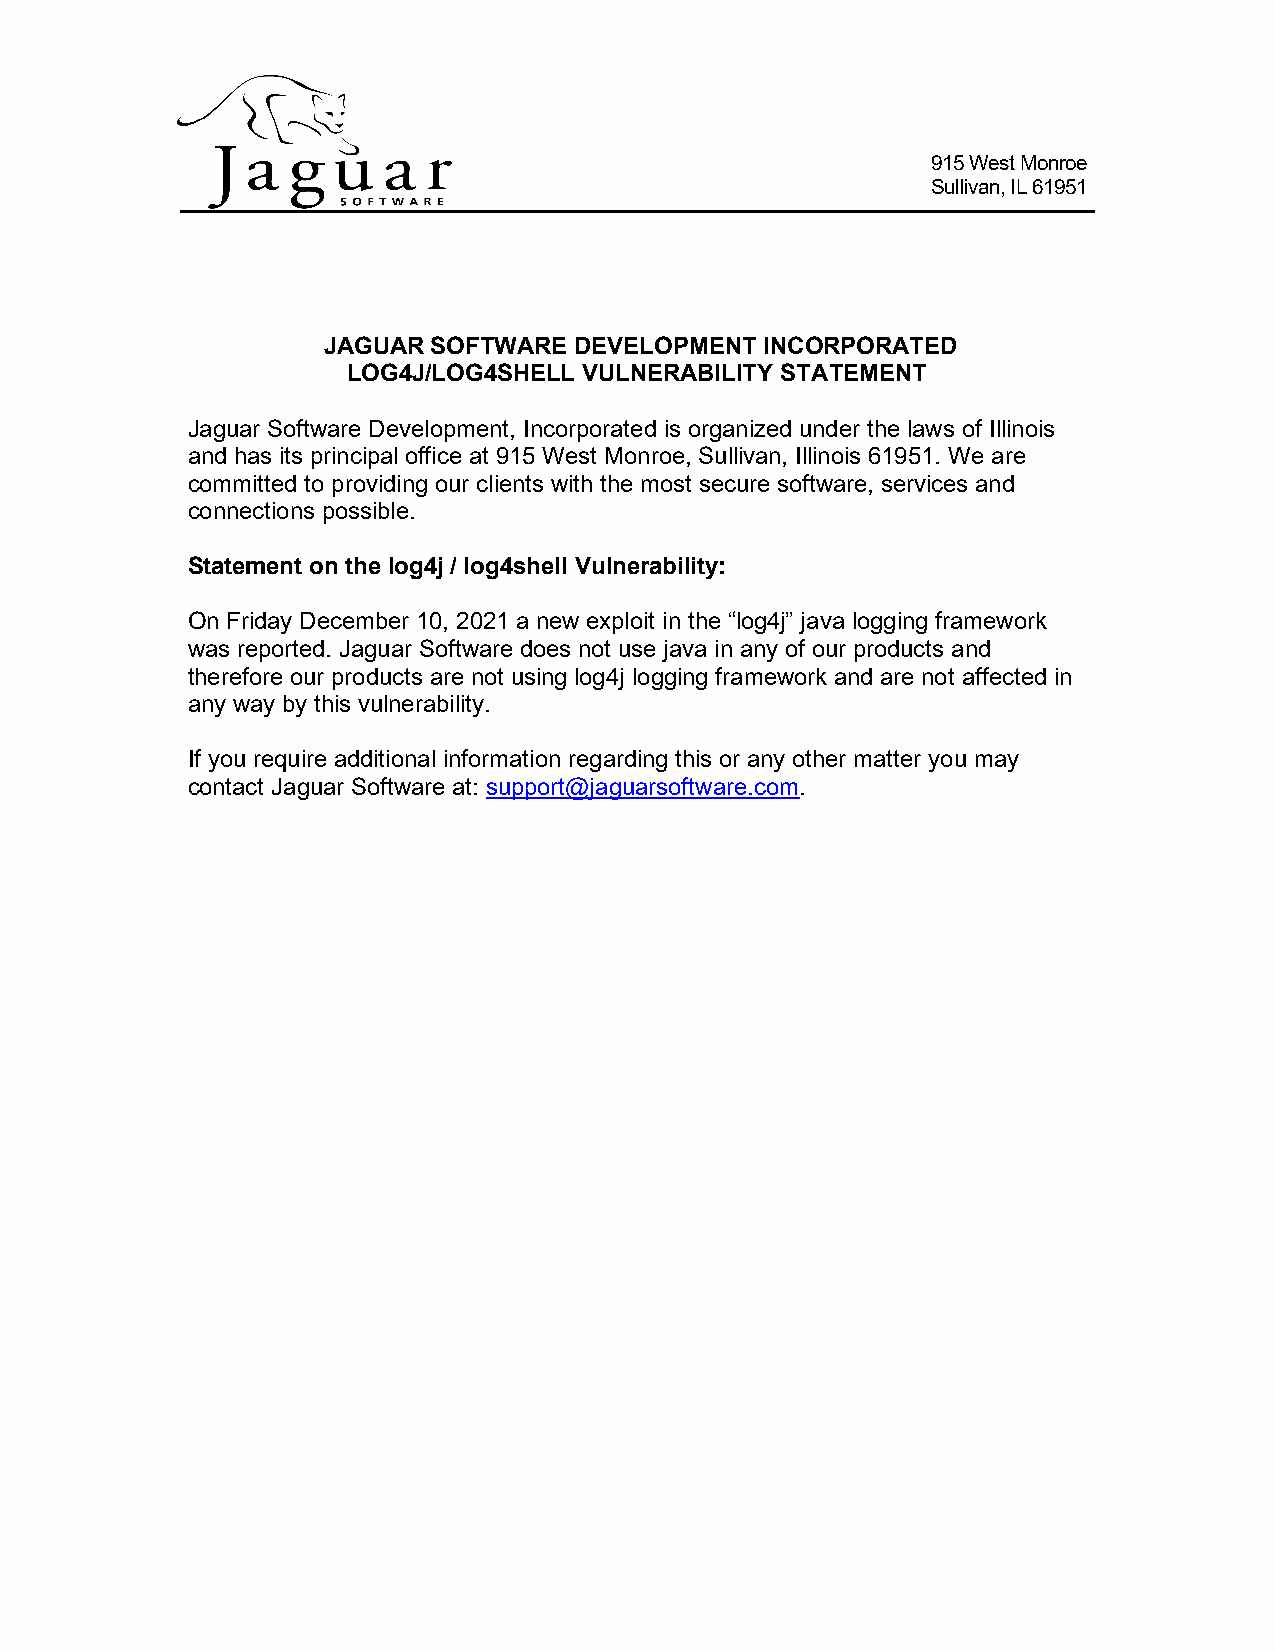
915 West Monroe
 Sullivan, IL 61951
 JAGUAR  SOFTWARE DEVELOPMENT  INCORPORATED
 LOG4J/LOG4SHELL VULNERABILITY STATEMENT
 Jaguar Software Development, Incorporated is organized under the laws of Illinois
 and has its principal office at 915 West Monroe, Sullivan, Illinois 61951. We are
 committed to providing our clients with the most secure software, services and
 connections possible.
 Statement on the log4j / log4shell Vulnerability:
 On Friday December 10, 2021 a new exploit in the “log4j” java logging framework
 was reported. Jaguar Software does not use java in any of our products and
 therefore our products are not using log4j logging framework and are not affected in
 any way by this vulnerability.
 If you require additional information regarding this or any other matter you may
 contact Jaguar Software at: support@jaguarsoftware.com.